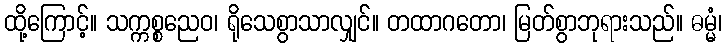
ထို့ကြောင့်။ သက္ကစ္စညေဝ၊ ရိုသေစွာသာလျှင်။ တထာဂတော၊ မြတ်စွာဘုရားသည်။ ဓမ္မံ၊